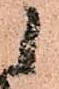
候